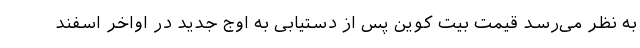
به نظر می‌رسد قیمت بیت کوین پس از دستیابی به اوج جدید در اواخر اسفند